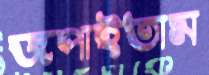
জপাইতাম